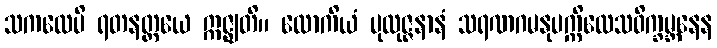
သကလေပိ ရတနတ္တယေ ဣဇ္ဈတိ။ လောကိယံ ပုထုဇ္ဇနာနံ သရဏဂမနုပက္ကိလေသဝိက္ခမ္ဘနေန